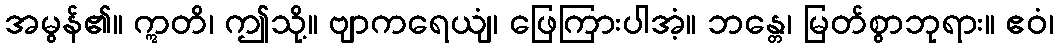
အမွန်၏။ ဣတိ၊ ဤသို့။ ဗျာကရေယျံ၊ ဖြေကြားပါအံ့။ ဘန္တေ၊ မြတ်စွာဘုရား။ ဧဝံ၊